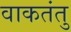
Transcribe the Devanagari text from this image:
वाकतंतु